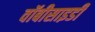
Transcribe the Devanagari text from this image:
वॉबीसाइडी